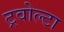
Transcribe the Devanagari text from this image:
ट्रवोल्टा